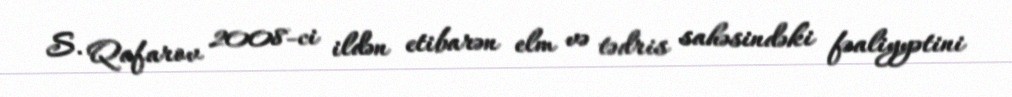
S. Qafarov 2008-ci ildən etibarən elm və tədris sahəsindəki fəaliyyətini